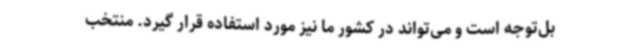
بل‌توجه است و می‌تواند در کشور ما نیز مورد استفاده قرار گیرد. منتخب